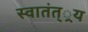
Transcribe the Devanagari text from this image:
स्वातंत््रय